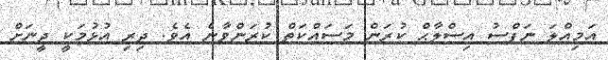
އަމިއްލަ ނަފްސު އިސްލާޙް ކުރަން މަސައްކަތް ކުރަންވާނެ އެވެ. ދިރި އުޅުމަކީ ދީނަށް